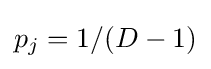
p_{j}=1/(D-1)